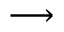
\longrightarrow